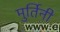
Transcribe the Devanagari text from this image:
मुर्तिनी